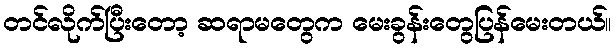
တင်လိုက်ပြီးတော့ ဆရာမတွေက မေးခွန်းတွေပြန်မေးတယ်။